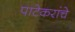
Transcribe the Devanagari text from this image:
पाटेकरांचे